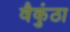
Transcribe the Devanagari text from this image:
वैकुंठा